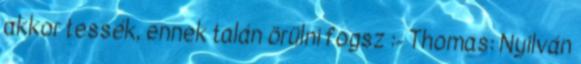
akkor tessék, ennek talán örülni fogsz :- Thomas: Nyilván